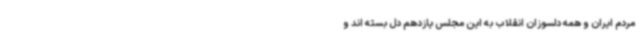
مردم ایران و همه دلسوزان انقلاب به این مجلس یازدهم دل بسته اند و